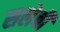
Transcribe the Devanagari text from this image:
सलेबी